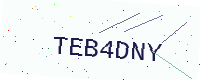
Text: TEB4DNY